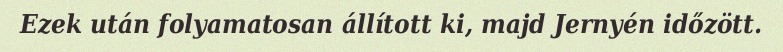
Ezek után folyamatosan állított ki, majd Jernyén időzött.